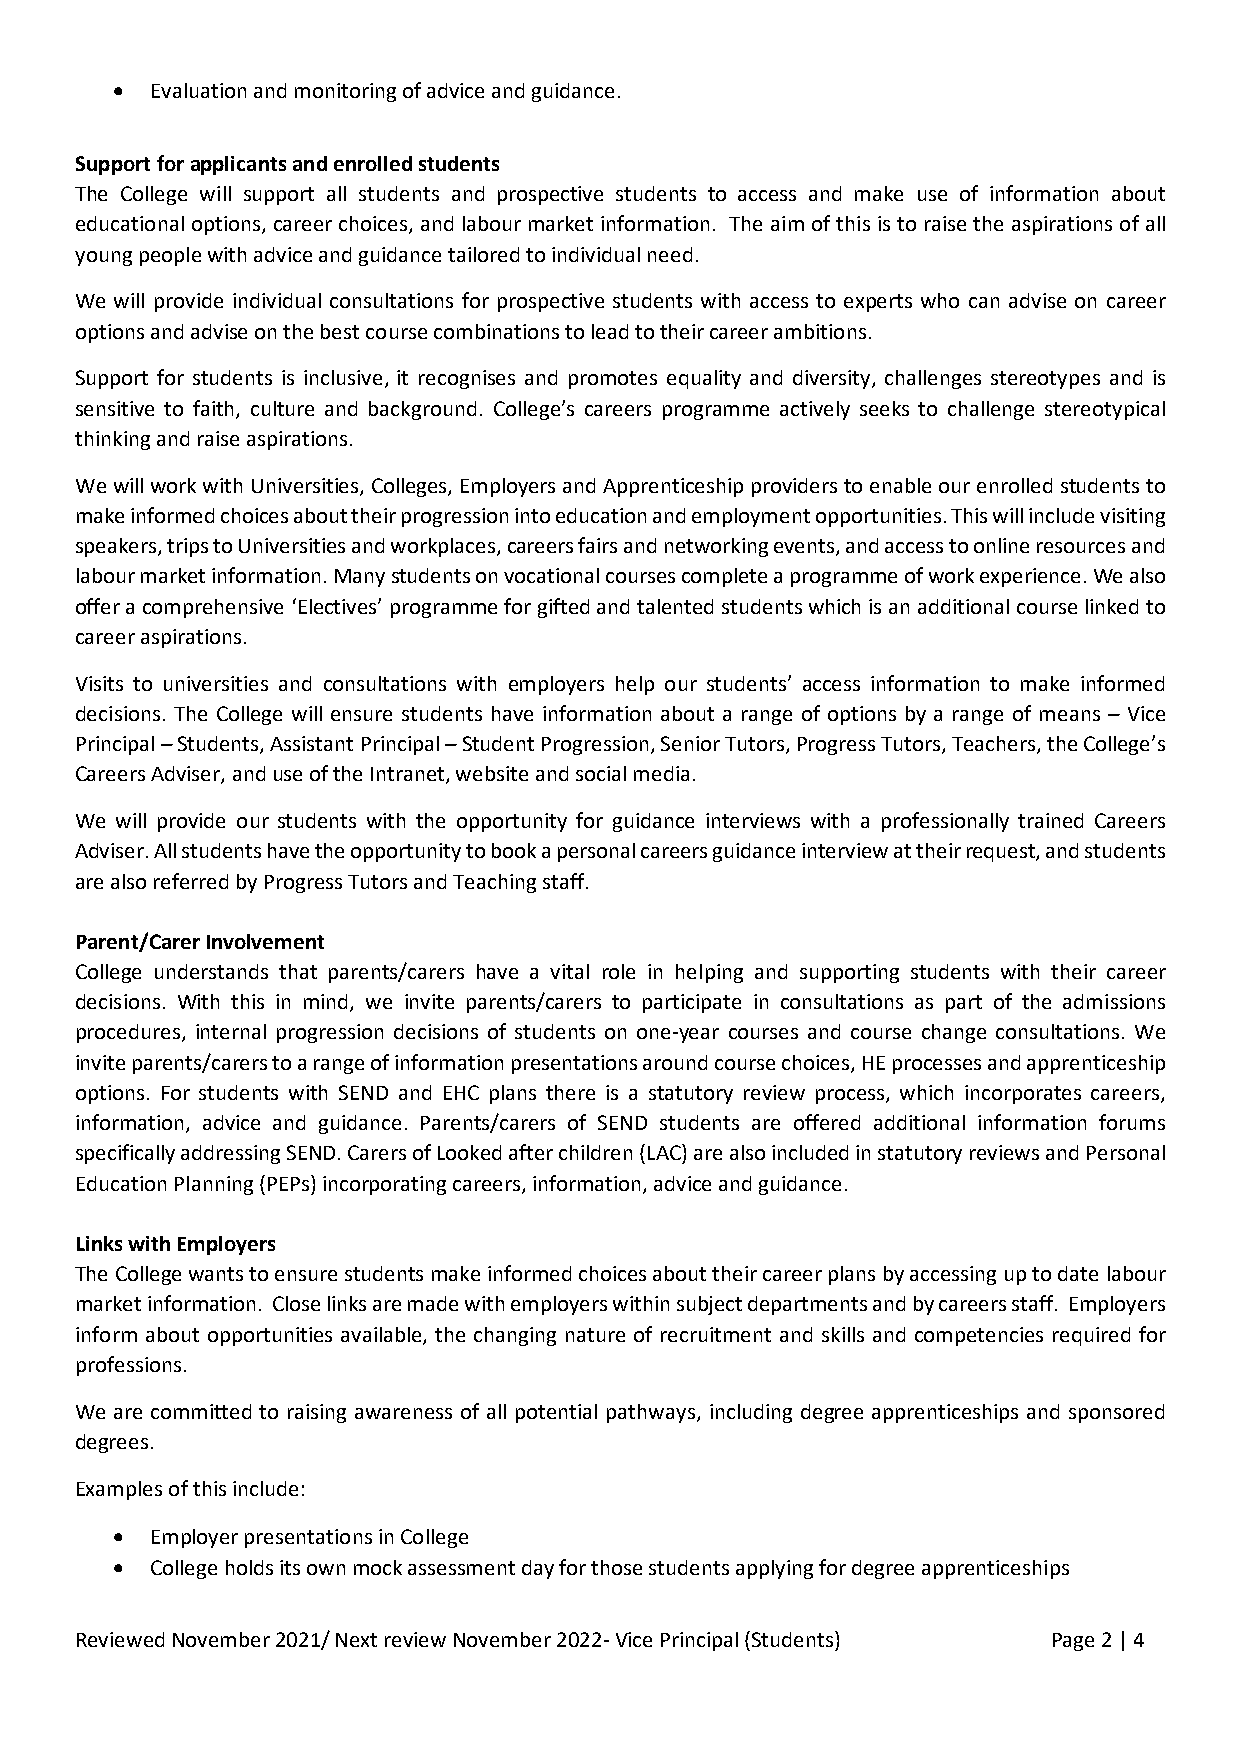
•  Evaluation and monitoring of advice and guidance.
 Support for applicants and enrolled students
 The College will support all students and prospective students to access and make use of information about
 educational options, career choices, and labour market information. The aim of this is to raise the aspirations of all
 young people with advice and guidance tailored to individual need.
 We will provide individual consultations for prospective students with access to experts who can advise on career
 options and advise on the best course combinations to lead to their career ambitions.
 Support for students is inclusive, it recognises and promotes equality and diversity, challenges stereotypes and is
 sensitive to faith, culture and background. College’s careers programme actively seeks to challenge stereotypical
 thinking and raise aspirations.
 We will work with Universities, Colleges, Employers and Apprenticeship providers to enable our enrolled students to
 make informed choices about their progression into education and employment opportunities. This will include visiting
 speakers, trips to Universities and workplaces, careers fairs and networking events, and access to online resources and
 labour market information. Many students on vocational courses complete a programme of work experience. We also
 offer a comprehensive ‘Electives’ programme for gifted and talented students which is an additional course linked to
 career aspirations.
 Visits to universities and consultations with employers help our students’ access information to make informed
 decisions. The College will ensure students have information about a range of options by a range of means – Vice
 Principal – Students, Assistant Principal – Student Progression, Senior Tutors, Progress Tutors, Teachers, the College’s
 Careers Adviser, and use of the Intranet, website and social media.
 We will provide our students with the opportunity for guidance interviews with a professionally trained Careers
 Adviser. All students have the opportunity to book a personal careers guidance interview at their request, and students
 are also referred by Progress Tutors and Teaching staff.
 Parent/Carer Involvement
 College understands that parents/carers have a vital role in helping and supporting students with their career
 decisions. With this in mind, we invite parents/carers to participate in consultations as part of the admissions
 procedures, internal progression decisions of students on one-year courses and course change consultations. We
 invite parents/carers to a range of information presentations around course choices, HE processes and apprenticeship
 options. For students with SEND and EHC plans there is a statutory review process, which incorporates careers,
 information, advice and guidance. Parents/carers of SEND students are offered additional information forums
 specifically addressing SEND. Carers of Looked after children (LAC) are also included in statutory reviews and Personal
 Education Planning (PEPs) incorporating careers, information, advice and guidance.
 Links with Employers
 The College wants to ensure students make informed choices about their career plans by accessing up to date labour
 market information. Close links are made with employers within subject departments and by careers staff. Employers
 inform about opportunities available, the changing nature of recruitment and skills and competencies required for
 professions.
 We are committed to raising awareness of all potential pathways, including degree apprenticeships and sponsored
 degrees.
 Examples of this include:
 •  Employer presentations in College
 •  College holds its own mock assessment day for those students applying for degree apprenticeships
 Reviewed November 2021/ Next review November 2022- Vice Principal (Students) Page 2 | 4